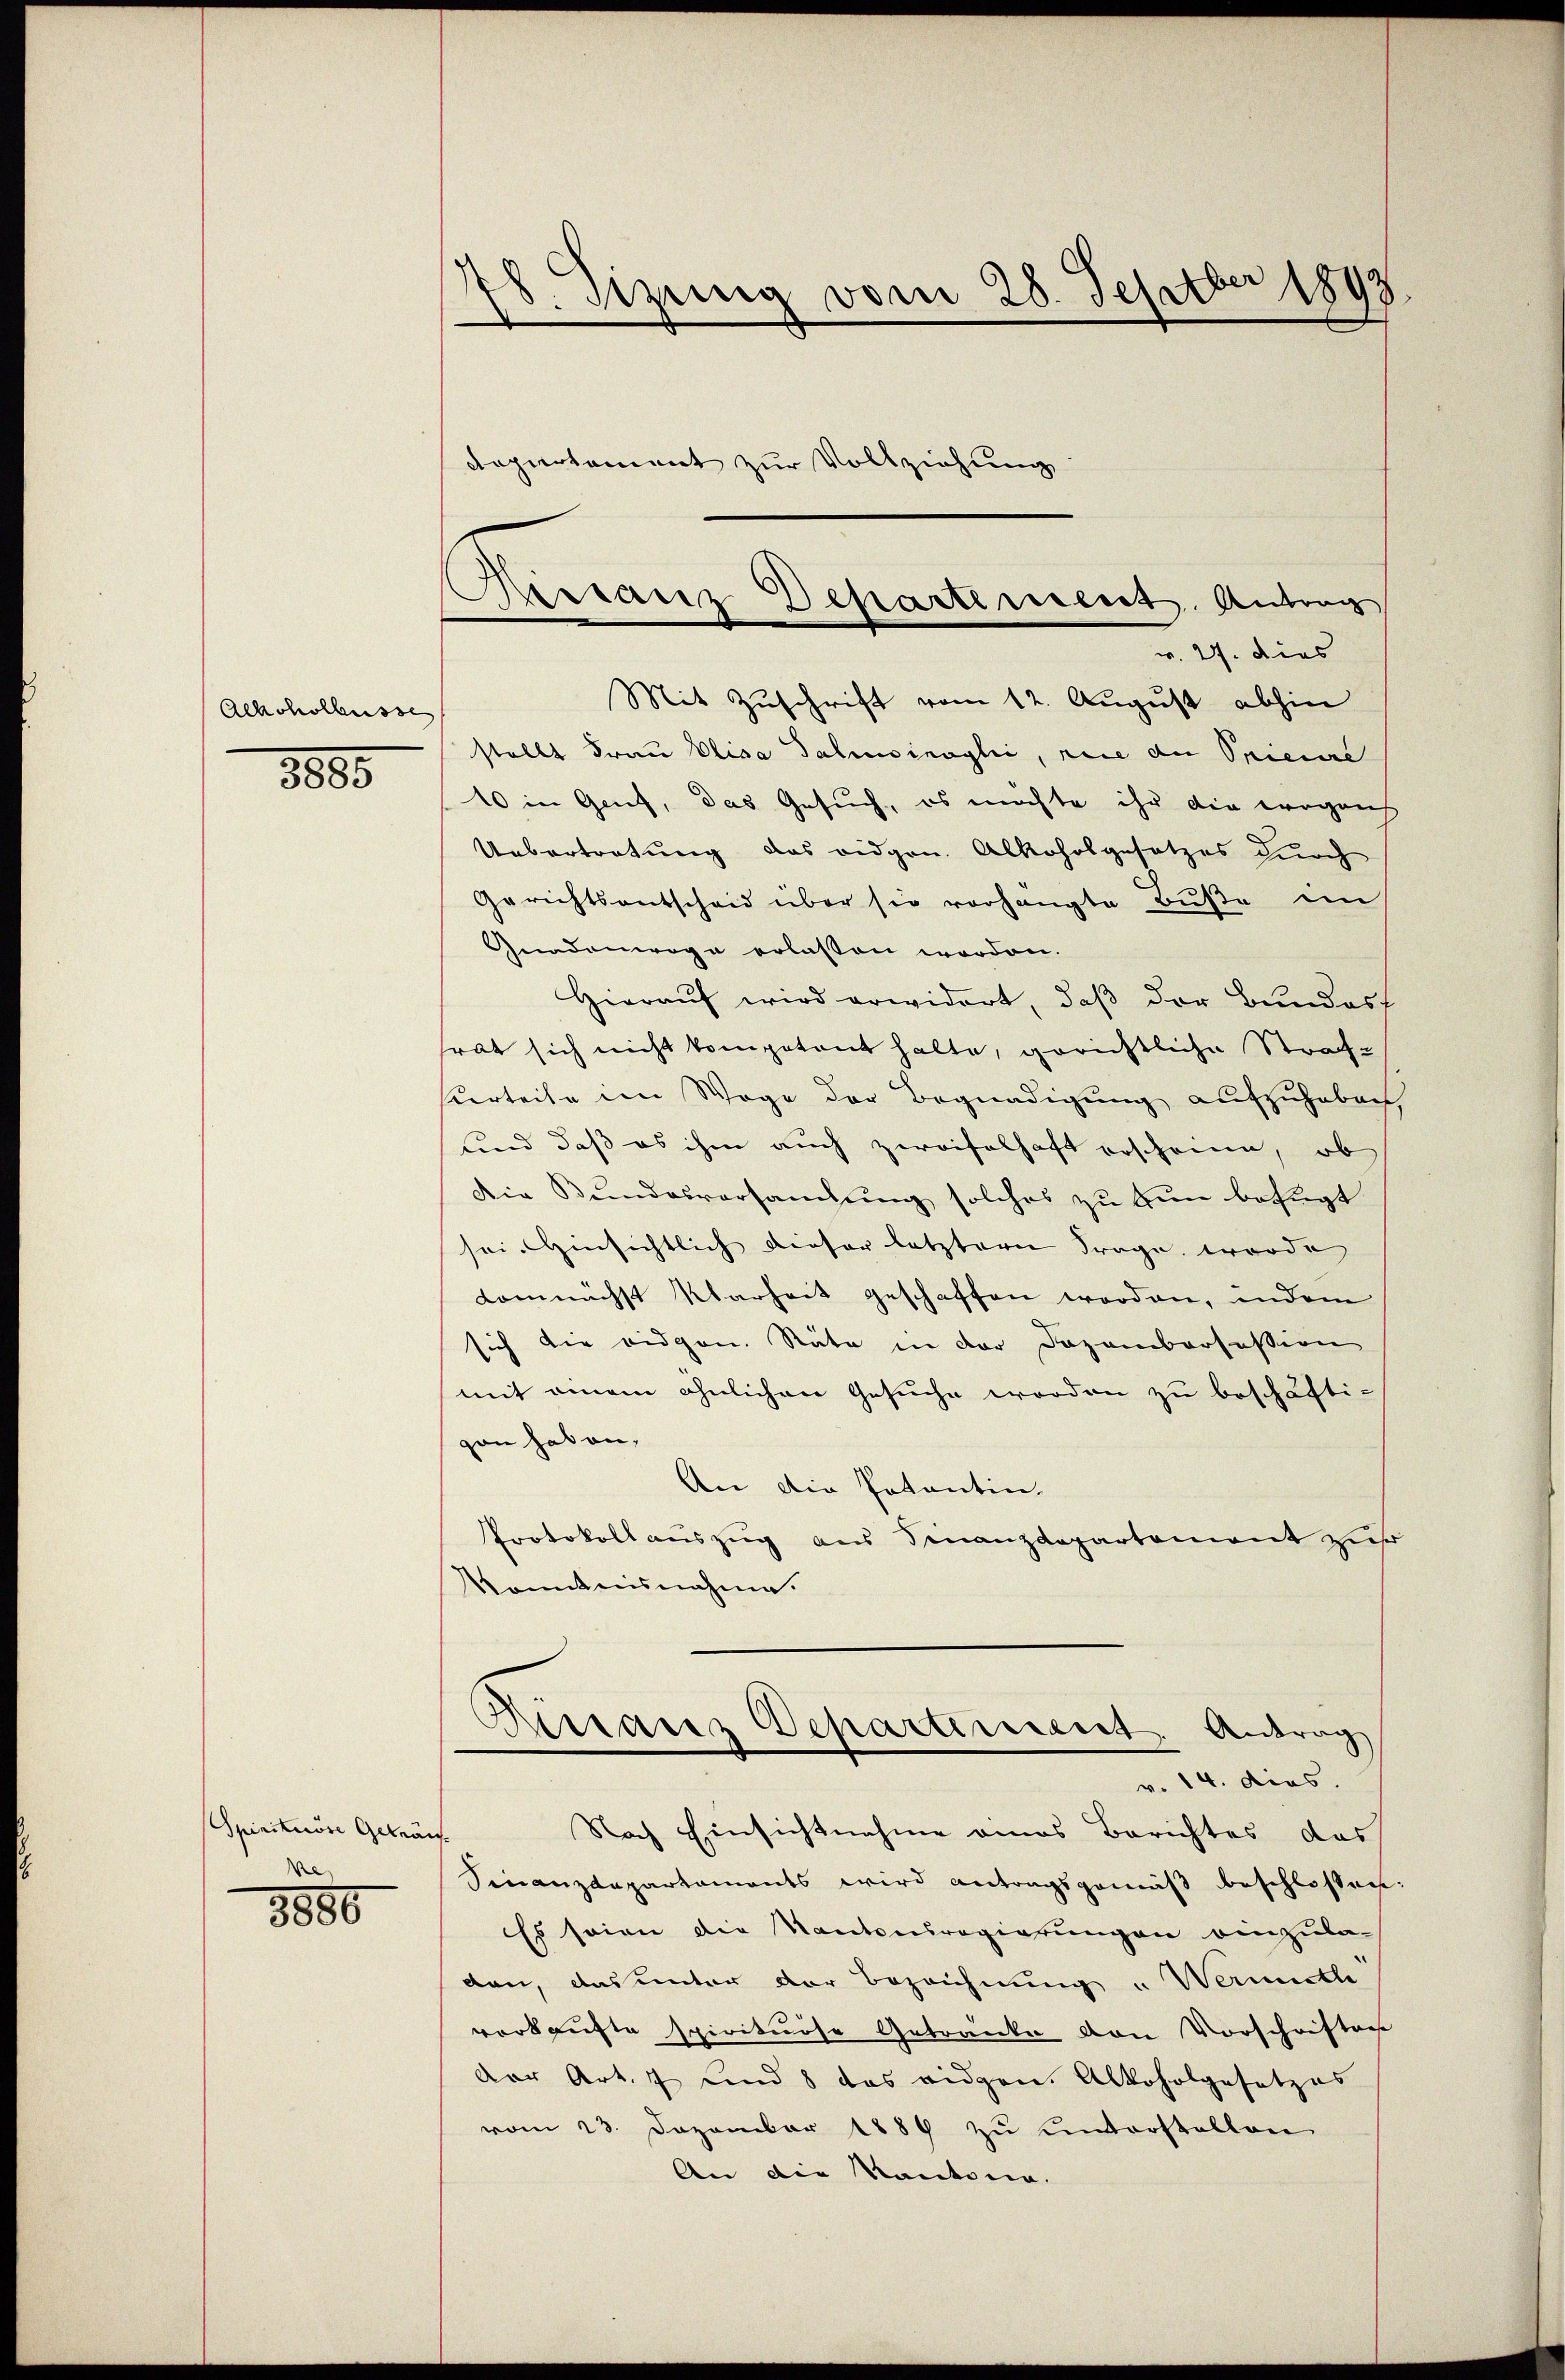
Alkoholbusse

3885

Spirituose Geträus
We

8880

v. Szung vom 28. Septber 1893
departement zur Vollziehung

Ristanz Departement. Antrag
w. 27. Dies

Mit Zuschrift vom 12. August abhin
stellt Frau Elisa Salisinagli, rice der Spieure
10 in Genf, das Gesuch, es möchte ihr die wegens
Uebertretung das eidgen. Alkoholgesetzes durch
Gerichtsentscheid über sie vorhängte Bŭβe im
Gnadomoge erlassen worden.
Hierauf wird erwidert, daß der Bundest
rat sich nicht kompetent halte, gerichtliche Straf-
Kerteile im Wege der Begnadigung aufzuheben,
und daß es ihm auch zweifelhaft erscheine, ob
Die Bundesversamlung solches zu tun befugt
sei Hinsichtlich dieser letztere Frage worde
domnächst Klarheit geschaffen worden, indem
sich die eidgen. Räte in der Dozamborsession
mit einem ähnlichen Gesuche worden zu beschäfti-
gan hat an,
An die Patentin.
Protokollauszug aus Finanzdepartement zur
kanntnisnahme.
Distanz Departement Antrag
v. 14. dies.
Nach Einsichtnahme eines Berichtes das
Finanzdepartaments wird antragsgemäβ beschlossen:
Es seien die Kantenregierungen einzuladen, das unter der Bezeichnung und Wermuthe
verkaufte spirituose Getränke von Vorschriften
Der Art. 7 und 8 das eidgen. Alkoholgesetzes
vom 23. Dezember 1884 zŭ ŭnterstellen
An die Kantona